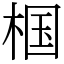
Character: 椢